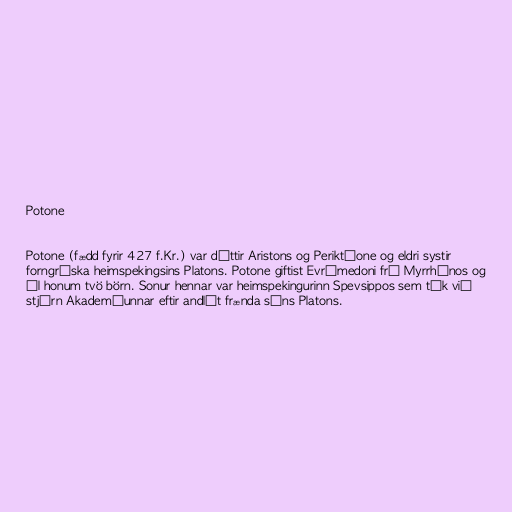
Potone

Potone (fædd fyrir 427 f.Kr.) var dóttir Aristons og Periktíone og eldri systir
forngríska heimspekingsins Platons. Potone giftist Evrýmedoni frá Myrrhínos og
ól honum tvö börn. Sonur hennar var heimspekingurinn Spevsippos sem tók við
stjórn Akademíunnar eftir andlát frænda síns Platons.